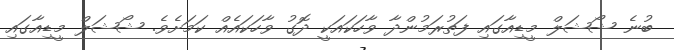
ބުނެ ޝޯޝަލް މީޑިއާގައި ފަތުރަމުންދާ ވާހަކައަކީ ދޮގު ވާހަކައެއް ކަމަށެވެ. ޝޯޝަލް މީޑިއާގައި